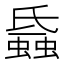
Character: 𧐏